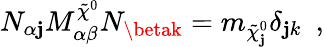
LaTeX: N_{\alpha\mathbf{j}}M_{\alpha\beta}^{\tilde{{\chi}}^{0}}N_{\betak}=m_{\tilde{{\chi}}_{\mathbf{j}}^{0}}\delta_{\mathbf{j}k}\enspace,